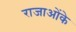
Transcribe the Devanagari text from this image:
राजाओंके